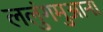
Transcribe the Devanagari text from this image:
ललुंगमुआना